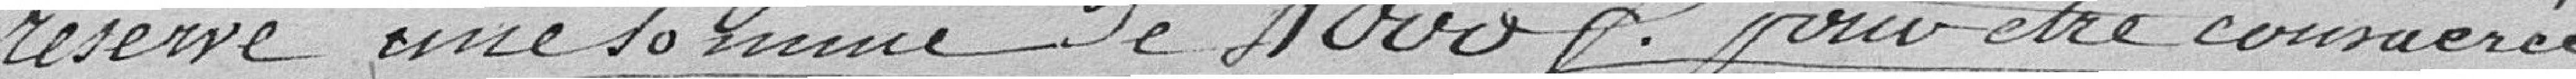
réserve une somme de 4 000 Francs pour être consacrée